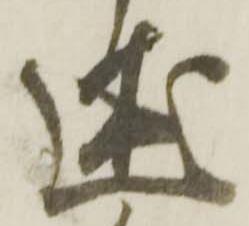
述